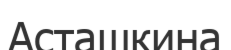
Асташкина